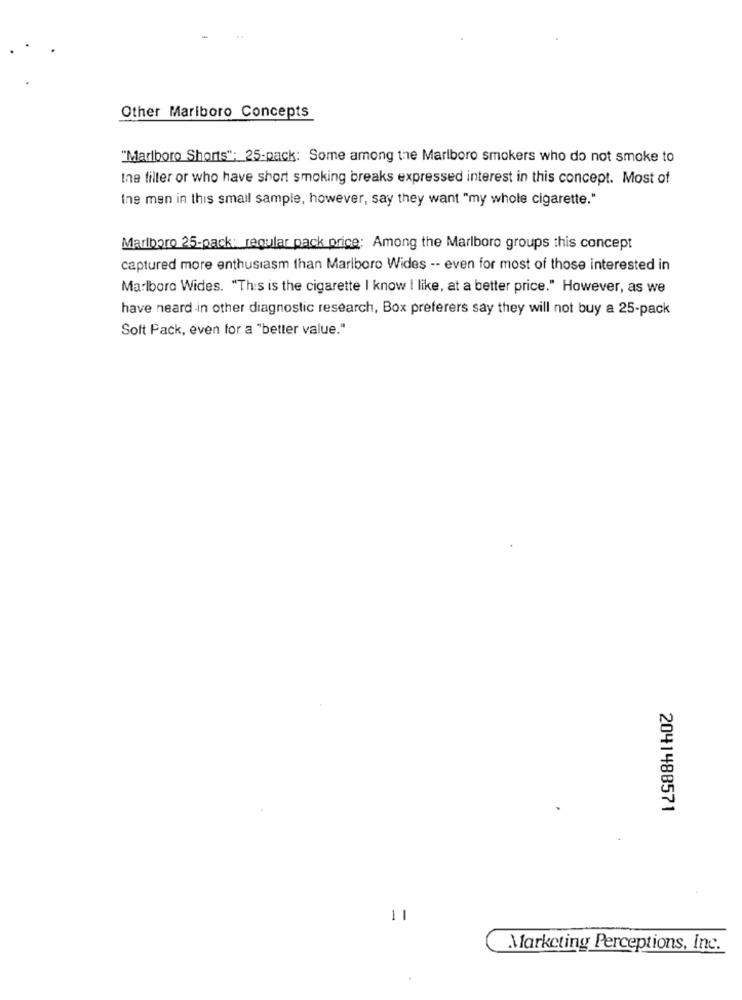
Other Marlboro Concepts
"Marlboro Shorts": 25-pack: Some among the Marlboro smokers who do not smoke to
the filler or who have short smoking breaks expressed interest in this concept. Most of
Ine men in this small sample, however, say they want "my whole cigarette."
Marlboro 25-pack: regular pack price: Among the Marlboro groups this concept
captured more enthusiasm than Marlboro Wides -- even for most of those interested in
Marlboro Wides. "This is the cigarette I know I like, at a better price." However, as we
have heard in other diagnostic research, Box preferers say they will not buy a 25-pack
Soft Pack, even for a "better value."
2041488571
11
Marketing Perceptions, Inc.